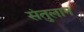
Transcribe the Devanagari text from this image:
संतुलान